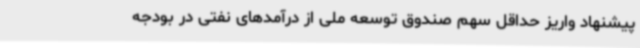
پیشنهاد واریز حداقل سهم صندوق توسعه ملی از درآمدهای نفتی در بودجه